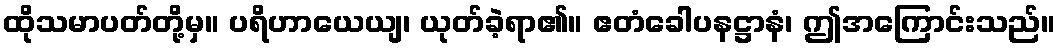
ထိုသမာပတ်တို့မှ။ ပရိဟာယေယျ၊ ယုတ်ခဲ့ရာ၏။ ဧတံခေါပနဋ္ဌာနံ၊ ဤအကြောင်းသည်။